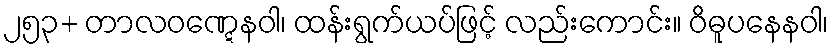
၂၅၃+ တာလဝဏ္ဋေနဝါ၊ ထန်းရွက်ယပ်ဖြင့် လည်းကောင်း။ ဝိဓူပနေနဝါ၊